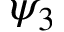
\psi _ { 3 }